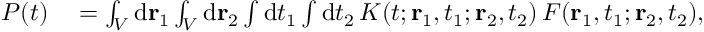
\begin{array} { r l } { P ( t ) } & { { } = \int _ { \cal V } \mathrm { d } { \bf r } _ { 1 } \int _ { \cal V } \mathrm { d } { \bf r } _ { 2 } \int \mathrm { d } t _ { 1 } \int \mathrm { d } t _ { 2 } \, K ( t ; { \bf r } _ { 1 } , t _ { 1 } ; { \bf r } _ { 2 } , t _ { 2 } ) \, F ( { \bf r } _ { 1 } , t _ { 1 } ; { \bf r } _ { 2 } , t _ { 2 } ) , } \end{array}